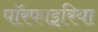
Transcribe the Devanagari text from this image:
पॉरफाइरिया